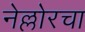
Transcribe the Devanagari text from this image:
नेल्लोरचा